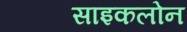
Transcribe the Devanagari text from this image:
साइकलोन